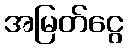
အမြတ်ငွေ